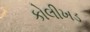
કોલીખડ